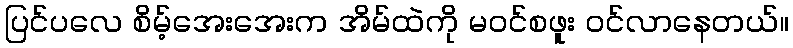
ပြင်ပလေ စိမ့်အေးအေးက အိမ်ထဲကို မဝင်စဖူး ဝင်လာနေတယ်။